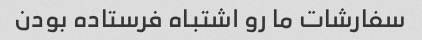
سفارشات ما رو اشتباه فرستاده بودن